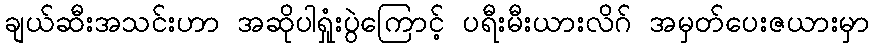
ချယ်ဆီးအသင်းဟာ အဆိုပါရှုံးပွဲကြောင့် ပရီးမီးယားလိဂ် အမှတ်ပေးဇယားမှာ